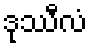
ဒုဿီလံ